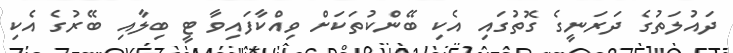
ދައުލަތުގެ ދަރަނީގެ ގޮތުގައި އެކި ބޭންކުތަކަށް ވިއްކާފައިވާ ޓީ ބިލާއި ބޭރުގެ އެކި